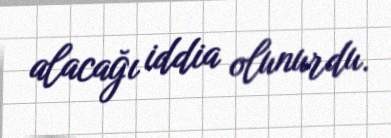
alacağı iddia olunurdu.